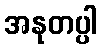
အနုတပ္ပါ